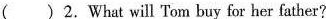
( )2. What will Tom buy for her father?